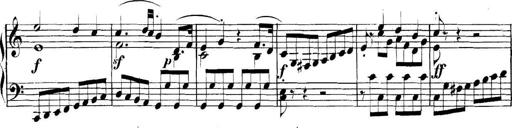
Title: Collected Piano Sonatas
Composer: Muzio Clementi